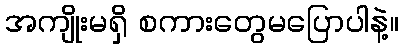
အကျိုးမရှိ စကားတွေမပြောပါနဲ့။